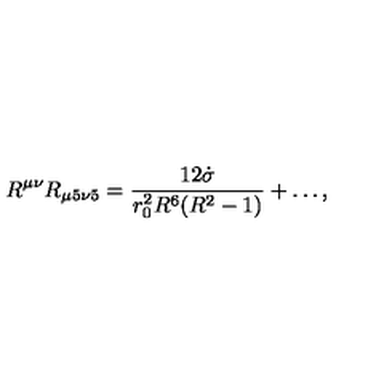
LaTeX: R ^ { \mu \nu } R _ { \mu 5 \nu 5 } = \frac { 1 2 \dot { \sigma } } { r _ { 0 } ^ { 2 } R ^ { 6 } ( R ^ { 2 } - 1 ) } + \ldots ,